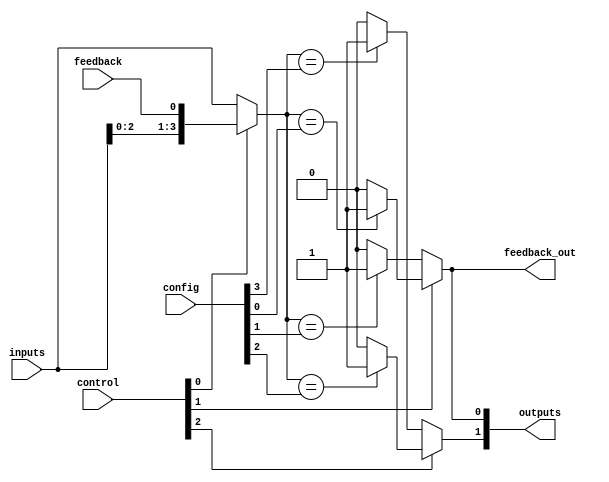
module CLB (
    input wire [N-1:0] inputs,       // Input lines
    input wire [M-1:0] config,       // Configuration memory for LUTs
    input wire [M-1:0] control,       // Control signals
    output wire [O-1:0] outputs,      // Output lines
    input wire feedback,               // Feedback path input
    output wire feedback_out           // Feedback path output
);
    parameter N = 4;                  // Number of input lines
    parameter M = 16;                 // Number of LUT configurations
    parameter O = 2;                  // Number of output lines

    // Internal signals
    wire [M-1:0] lut_out;             // Outputs from LUTs
    wire [O-1:0] mux_out;             // MUX outputs
    wire [N-1:0] lut_inputs;          // Inputs to the LUTs

    // Feedback path logic
    assign lut_inputs = (control[0]) ? {inputs[N-2:0], feedback} : inputs;

    // LUTs implementation (example: 4-input LUTs)
    genvar i;
    generate
        for (i = 0; i < M; i = i + 1) begin : lut
            assign lut_out[i] = (lut_inputs == config[i]) ? 1'b1 : 1'b0; // Simple LUT behavior
        end
    endgenerate

    // Multiplexer to select outputs from LUTs
    assign mux_out[0] = (control[1]) ? lut_out[0] : lut_out[1];
    assign mux_out[1] = (control[2]) ? lut_out[2] : lut_out[3];

    // Assign outputs
    assign outputs = mux_out;

    // Feedback output assignment
    assign feedback_out = outputs[0]; // Example feedback from output

endmodule